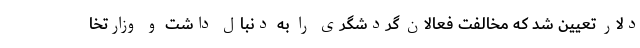
دلار تعیین شد که مخالفت فعالان گردشگری را به دنبال داشت و وزارتخا